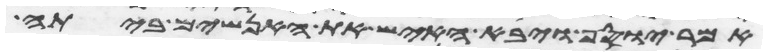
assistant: אמר יוסף ויבא האיש את האנשים ביתה